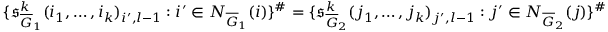
\{ \mathfrak { s } _ { \overline { G } _ { 1 } } ^ { k } ( i _ { 1 } , \dots , i _ { k } ) _ { i ^ { \prime } , l - 1 } : i ^ { \prime } \in N _ { \overline { G } _ { 1 } } ( i ) \} ^ { \# } = \{ \mathfrak { s } _ { \overline { G } _ { 2 } } ^ { k } ( j _ { 1 } , \dots , j _ { k } ) _ { j ^ { \prime } , l - 1 } : j ^ { \prime } \in N _ { \overline { G } _ { 2 } } ( j ) \} ^ { \# }